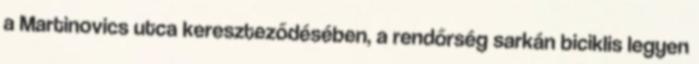
a Martinovics utca kereszteződésében, a rendőrség sarkán biciklis legyen